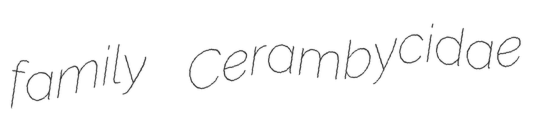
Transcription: family Cerambycidae